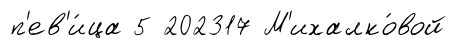
п'ев'и́ца 5 202317 М'ихалко́вой